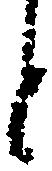
と